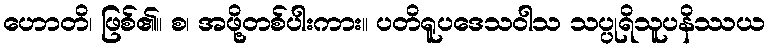
ဟောတိ၊ ဖြစ်၏။ စ၊ အဖို့တစ်ပါးကား။ ပတိရူပဒေသဝါသ သပ္ပုရိသူပနိဿယ